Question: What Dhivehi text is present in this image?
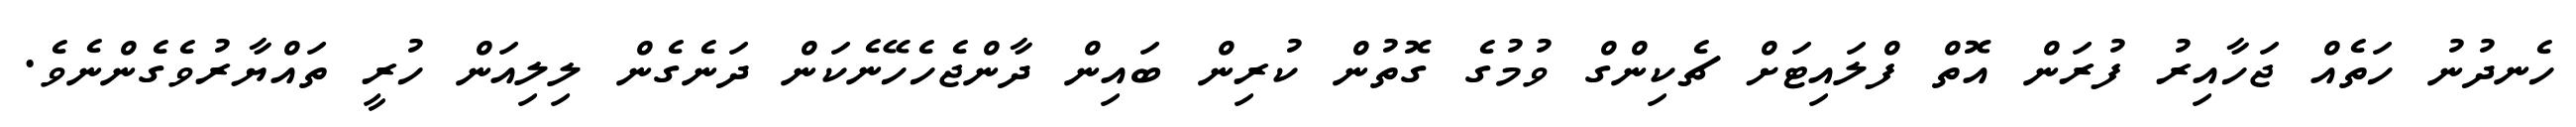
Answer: ހެނދުނު ހަތެއް ޖަހާއިރު ފުރަން އޮތް ފްލައިޓަށް ޗެކިންގް ވުމުގެ ގޮތުން ކުރިން ބައިން ދާންޖެހެހޭނެކަން ދަނެގެން ލިލިއަން ހުރީ ތައްޔާރުވެގެންނެވެ.